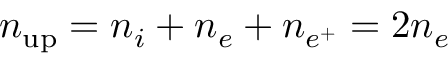
n _ { \mathrm { u p } } = n _ { i } + n _ { e } + n _ { e ^ { + } } = 2 n _ { e }